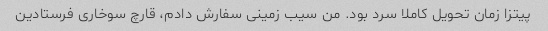
پیتزا زمان تحویل کاملا سرد بود. من سیب زمینی سفارش دادم، قارچ سوخاری فرستادین